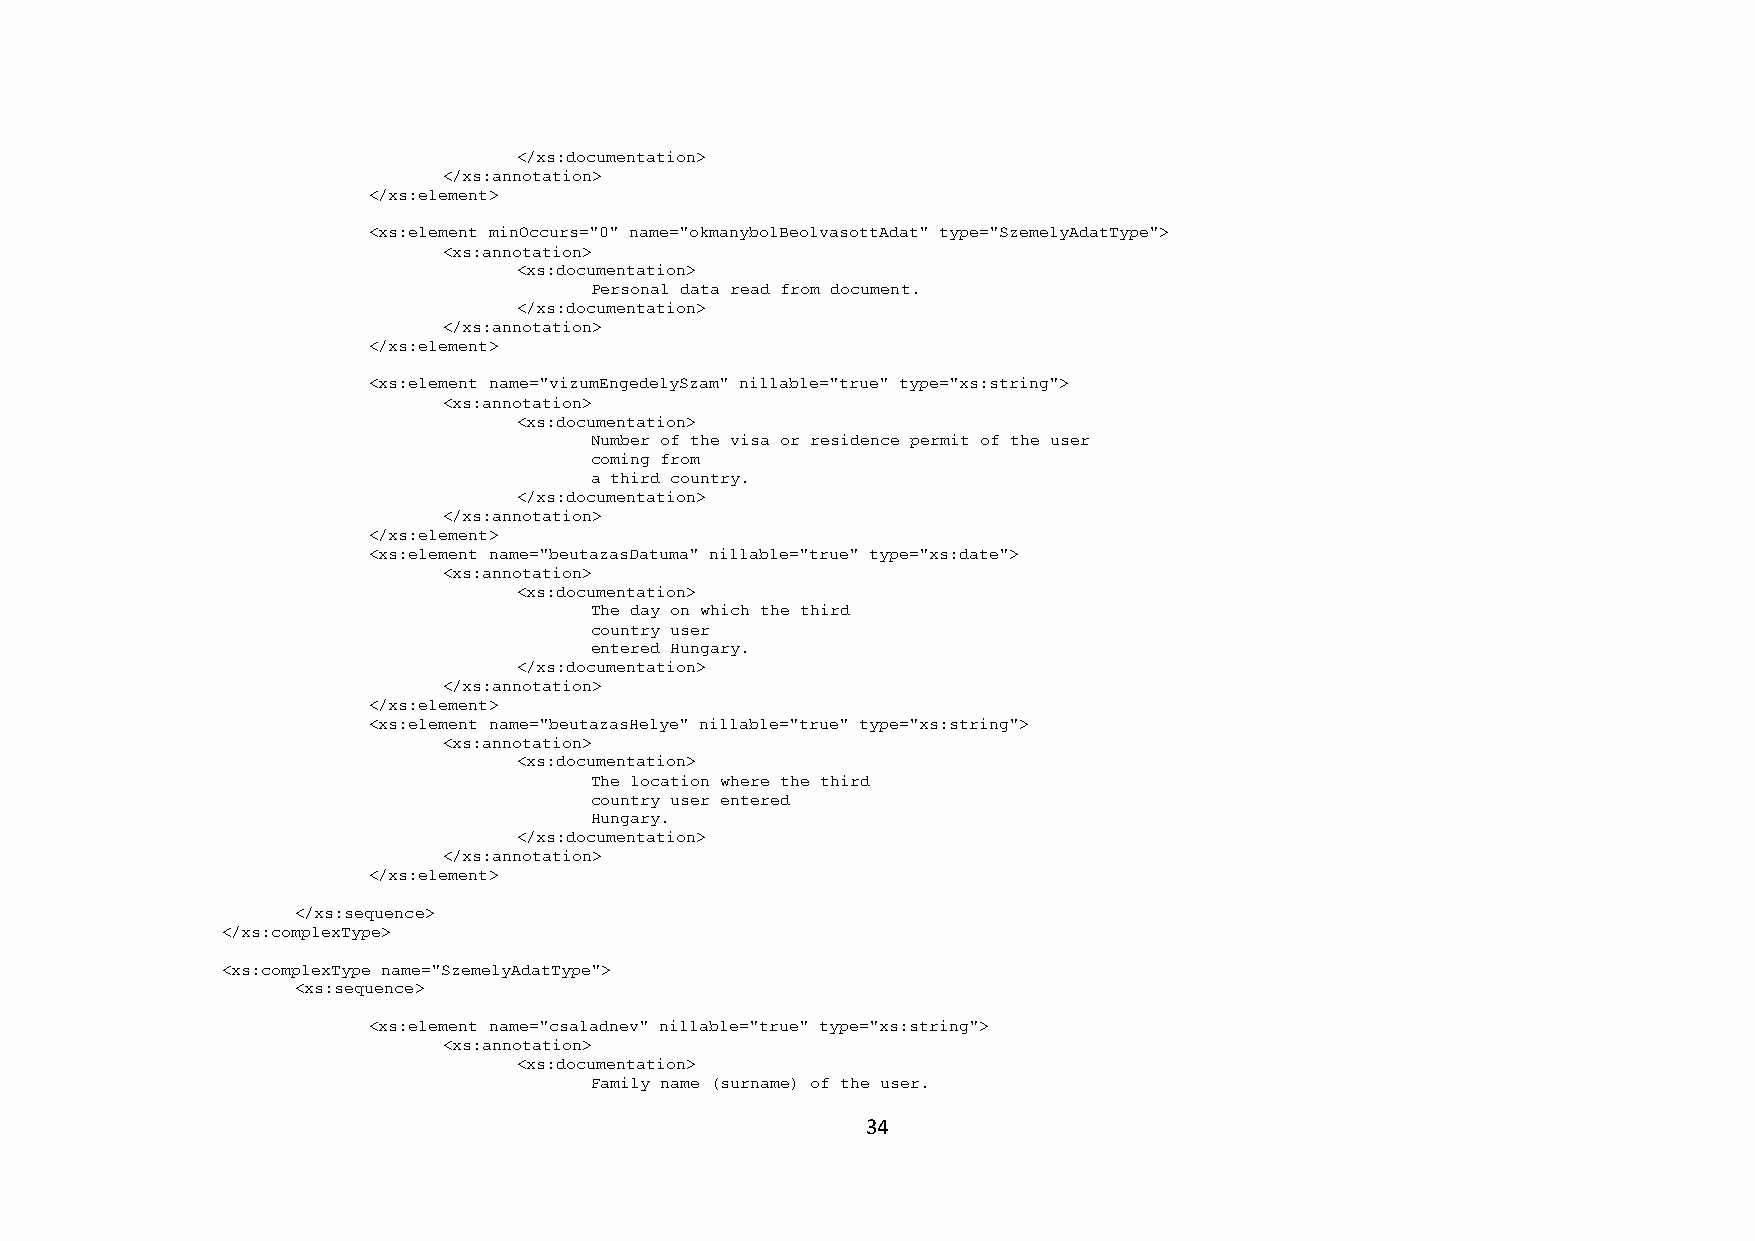
</xs:documentation>
 </xs:annotation>
 </xs:element>
 <xs:element minOccurs="0" name="okmanybolBeolvasottAdat" type="SzemelyAdatType">
 <xs:annotation>
 <xs:documentation>
 Personal data read from document.
 </xs:documentation>
 </xs:annotation>
 </xs:element>
 <xs:element name="vizumEngedelySzam" nillable="true" type="xs:string">
 <xs:annotation>
 <xs:documentation>
 Number of the visa or residence permit of the user
 coming from
 a third country.
 </xs:documentation>
 </xs:annotation>
 </xs:element>
 <xs:element name="beutazasDatuma" nillable="true" type="xs:date">
 <xs:annotation>
 <xs:documentation>
 The day on which the third
 country user
 entered Hungary.
 </xs:documentation>
 </xs:annotation>
 </xs:element>
 <xs:element name="beutazasHelye" nillable="true" type="xs:string">
 <xs:annotation>
 <xs:documentation>
 The location where the third
 country user entered
 Hungary.
 </xs:documentation>
 </xs:annotation>
 </xs:element>
 </xs:sequence>
 </xs:complexType>
 <xs:complexType name="SzemelyAdatType">
 <xs:sequence>
 <xs:element name="csaladnev" nillable="true" type="xs:string">
 <xs:annotation>
 <xs:documentation>
 Family name (surname) of the user.
 34